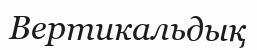
Вертикальдық